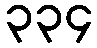
၃၃၄